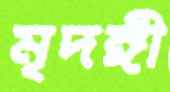
মৃদঙ্গী